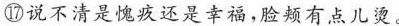
⑰说不清是愧疚还是幸福，脸颊有点儿烫